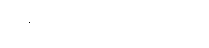
တည်ဆောက်ထားသည့်